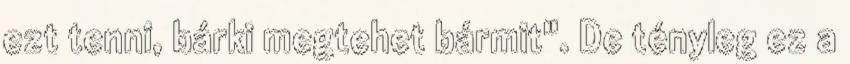
ezt tenni, bárki megtehet bármit". De tényleg ez a